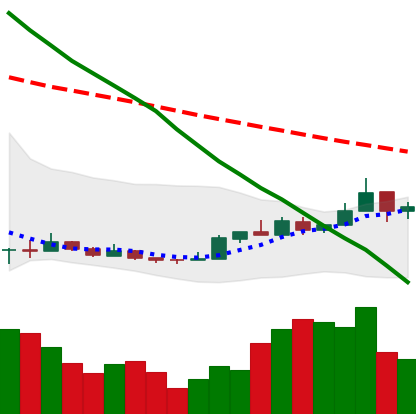
Ticker: NEO-USD
Chart end date: 2018-12-26
Forward return: -4.385%
Label: down_3_5